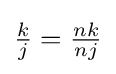
{\tfrac {k}{j}}={\tfrac {nk}{nj}}